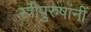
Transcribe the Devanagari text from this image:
स्त्रीपुरुषांनीं